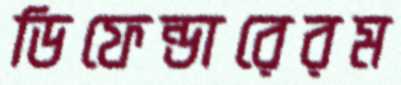
ডিফেন্ডারেরম